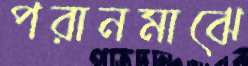
পরানমাঝে